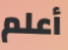
أعلم